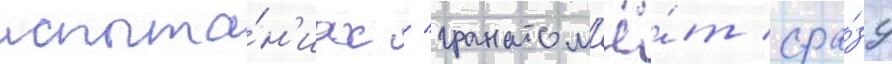
испыта́н'иах / гранатом'ё́т сра́зу